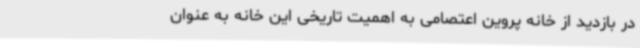
در بازدید از خانه پروین اعتصامی به اهمیت تاریخی این خانه به عنوان